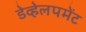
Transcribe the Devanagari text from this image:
डेव्हेलपमेंट